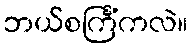
ဘယ်စင်္ကြံကလဲ။